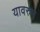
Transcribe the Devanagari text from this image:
यावरुम